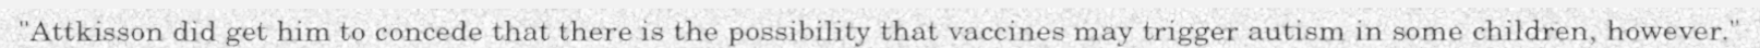
"Attkisson did get him to concede that there is the possibility that vaccines may trigger autism in some children, however."